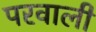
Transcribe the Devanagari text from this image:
परवाली